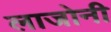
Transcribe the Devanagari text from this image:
लाजोनी